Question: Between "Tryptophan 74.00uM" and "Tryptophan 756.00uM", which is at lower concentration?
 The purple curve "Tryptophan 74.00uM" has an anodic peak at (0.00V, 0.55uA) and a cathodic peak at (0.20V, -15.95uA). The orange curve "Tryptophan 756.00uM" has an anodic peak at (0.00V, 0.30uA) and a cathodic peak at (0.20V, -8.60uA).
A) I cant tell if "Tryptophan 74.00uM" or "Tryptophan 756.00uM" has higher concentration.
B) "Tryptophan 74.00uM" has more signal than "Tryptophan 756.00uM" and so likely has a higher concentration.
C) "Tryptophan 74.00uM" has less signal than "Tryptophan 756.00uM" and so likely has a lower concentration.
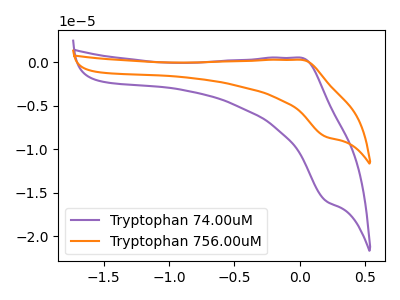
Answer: <think>All the peaks in "Tryptophan 74.00uM" have a peak in "Tryptophan 756.00uM" at the same potential. Every peak in "Tryptophan 74.00uM" is higher than every peak in "Tryptophan 756.00uM".
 </think>
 <answer>B) "Tryptophan 74.00uM" has more signal than "Tryptophan 756.00uM" and so likely has a higher concentration.</answer>
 <eval>B</eval>